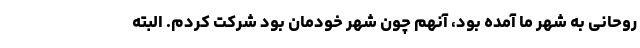
روحانی به شهر ما آمده بود، آنهم چون شهر خودمان بود شرکت کردم. البته